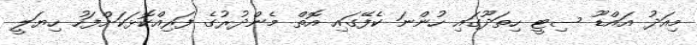
މިއަދު އައްޑޫ ސިޓީ ހިތަދޫގައި ހުންނަ ކެފޭގައި އޮތް މެންދުރުގެ ފަރިއްކޮޅަކަށްފަހު ހިޔަލީ